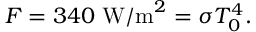
F = 3 4 0 \mathrm { \ W / m } ^ { 2 } = \sigma T _ { 0 } ^ { 4 } .